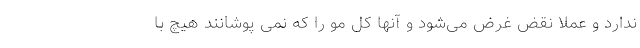
ندارد و عملا نقض غرض می‌شود و آنها کل مو را که نمی پوشانند هیچ با